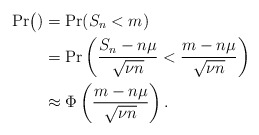
\begin{align*}\Pr\bigl()&=\Pr(S_n<m)\\&=\Pr\left(\frac{S_n-n\mu}{\sqrt{\nu n}}<\frac{m-n\mu}{\sqrt{\nu n}}\right)\\&\approx \Phi\left(\frac{m-n\mu}{\sqrt{\nu n}}\right).\end{align*}